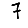
Digit: 7